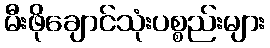
မီးဖိုချောင်သုံးပစ္စည်းများ